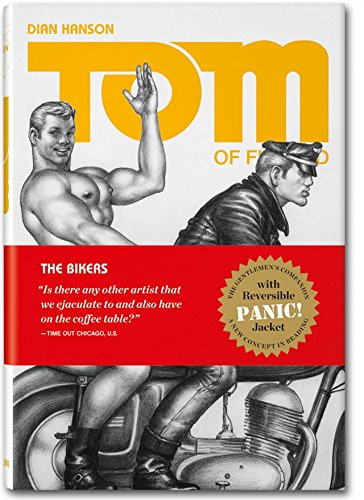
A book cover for Tom of Finland: Bikers, Vol. 2; Arts & Photography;